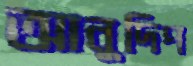
আনুদিপ